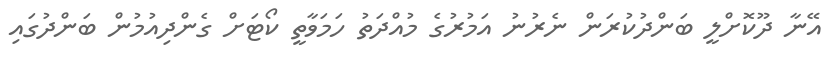
އޭނާ ދޫކޮށްލީ ބަންދުކުރަން ނެރުނު އަމުރުގެ މުއްދަތު ހަމަވާތީ ކޯޓަށް ގެންދިއުމުން ބަންދުގައި